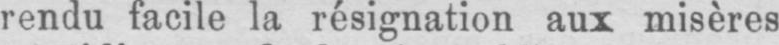
rendu facile la résignation aux misères